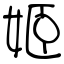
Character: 姬